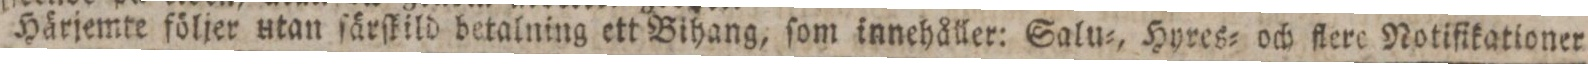
Härjemte följer utan ſärſkild betalning ett Bihang, ſom innehåller: Salu=, Hyres= och flere Notiſikationer.